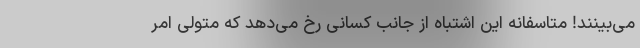
می‌بینند! متاسفانه این اشتباه از جانب کسانی رخ می‌دهد که متولی امر